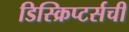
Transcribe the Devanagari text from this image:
डिस्क्रिप्टर्सची